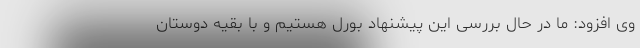
وی افزود: ما در حال بررسی این پیشنهاد بورل هستیم و با بقیه دوستان